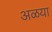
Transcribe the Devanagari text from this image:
अळया